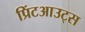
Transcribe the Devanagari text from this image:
प्रिंटआउट्स